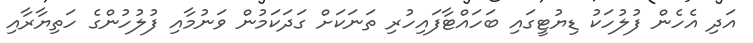
އަދި އެހެން ފުލުހަކު ޑިޔުޓީގައި ބަހައްޓާފައިހުރި ތަނަކަށް ގަދަކަމުން ވަނުމާއި ފުލުހުންގެ ހަތިޔާރާއި